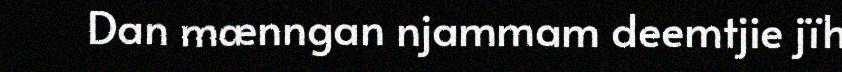
Dan mænngan njammam deemtjie jïh